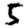
Digit: 5